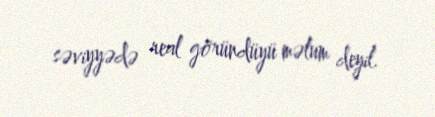
səviyyədə real göründüyü məlum deyil.